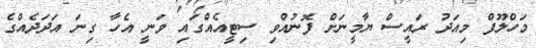
މަހްލޫފް މިއަދު ރައީސް ޔާމީނަށް ފޮނުއްވި ސިޓީއެއްގައި ވަނީ އެހާ ގިނަ އަދަދެއްގެ